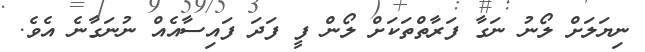
ނިޔަލަށް ލޯނު ނަގާ ފަރާތްތަކަށް ލޯން ފީ ފަދަ ފައިސާއެއް ނުނަގާނެ އެވެ.